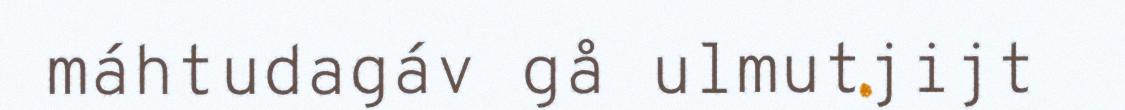
máhtudagáv gå ulmutjijt